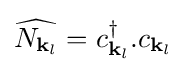
{\widehat {N_{{\mathbf {k} }_{l}}}}=c_{{\mathbf {k} }_{l}}^{\dagger }.c_{{\mathbf {k} }_{l}}